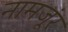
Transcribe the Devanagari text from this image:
नामजूंर